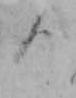
る